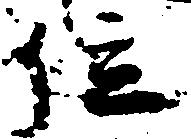
位